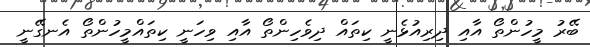
ބޭރު މީހުންތޯ އާއި ދިރިއުޅެނީ ކިތައް ދިވެހިންތޯ އާއި ވިހަނީ ކިތައްމީހުންތޯ އެނގޭނީ